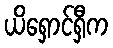
ယိရှောင်ရှီက